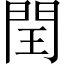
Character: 閏